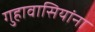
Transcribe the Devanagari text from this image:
गुहावासियांना